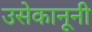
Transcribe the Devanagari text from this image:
उसेकानूनी